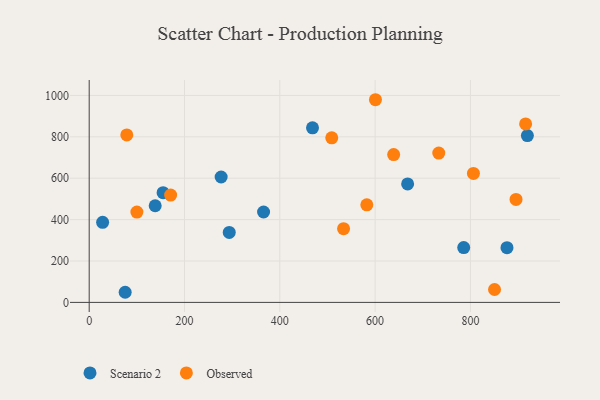
{"axis": {"x": "Experience", "y": "Exam Score"}, "legend": ["Observed", "Scenario 2"], "data": [{"x": "138.5", "y": 466.9, "type": "Scenario 2"}, {"x": "276.9", "y": 606.0, "type": "Scenario 2"}, {"x": "75.5", "y": 48.9, "type": "Scenario 2"}, {"x": "293.9", "y": 338.1, "type": "Scenario 2"}, {"x": "28.2", "y": 386.7, "type": "Scenario 2"}, {"x": "155.1", "y": 530.3, "type": "Scenario 2"}, {"x": "876.7", "y": 264.5, "type": "Scenario 2"}, {"x": "468.6", "y": 843.3, "type": "Scenario 2"}, {"x": "365.9", "y": 436.7, "type": "Scenario 2"}, {"x": "785.9", "y": 265.1, "type": "Scenario 2"}, {"x": "919.5", "y": 805.9, "type": "Scenario 2"}, {"x": "668.2", "y": 572.4, "type": "Scenario 2"}, {"x": "638.9", "y": 714.1, "type": "Observed"}, {"x": "850.6", "y": 62.4, "type": "Observed"}, {"x": "600.7", "y": 979.3, "type": "Observed"}, {"x": "78.9", "y": 809.0, "type": "Observed"}, {"x": "806.3", "y": 623.4, "type": "Observed"}, {"x": "533.8", "y": 356.1, "type": "Observed"}, {"x": "509.0", "y": 795.4, "type": "Observed"}, {"x": "100.1", "y": 436.4, "type": "Observed"}, {"x": "895.7", "y": 497.4, "type": "Observed"}, {"x": "582.6", "y": 471.5, "type": "Observed"}, {"x": "915.8", "y": 862.3, "type": "Observed"}, {"x": "170.9", "y": 518.7, "type": "Observed"}, {"x": "733.6", "y": 721.3, "type": "Observed"}]}